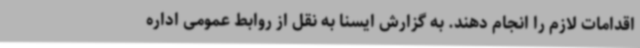
اقدامات لازم را انجام دهند. به گزارش ایسنا به نقل از روابط عمومی اداره